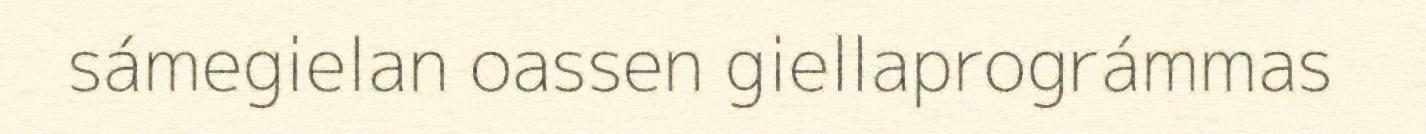
sámegielan oassen giellaprográmmas